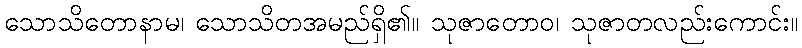
သောသိတောနာမ၊ သောသိတအမည်ရှိ၏။ သုဇာတောဝ၊ သုဇာတလည်းကောင်း။